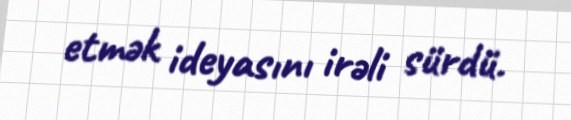
etmək ideyasını irəli sürdü.